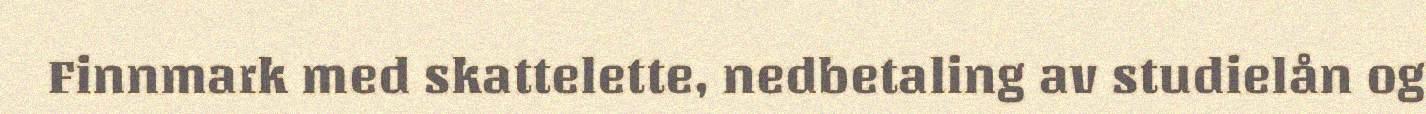
Finnmark med skattelette, nedbetaling av studielån og